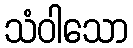
သံဝါသော